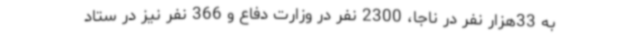
به 33هزار نفر در ناجا، 2300 نفر در وزارت دفاع و 366 نفر نیز در ستاد